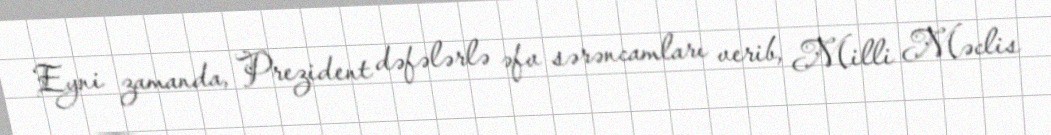
Eyni zamanda, Prezident dəfələrlə əfv sərəncamları verib, Milli Məclis